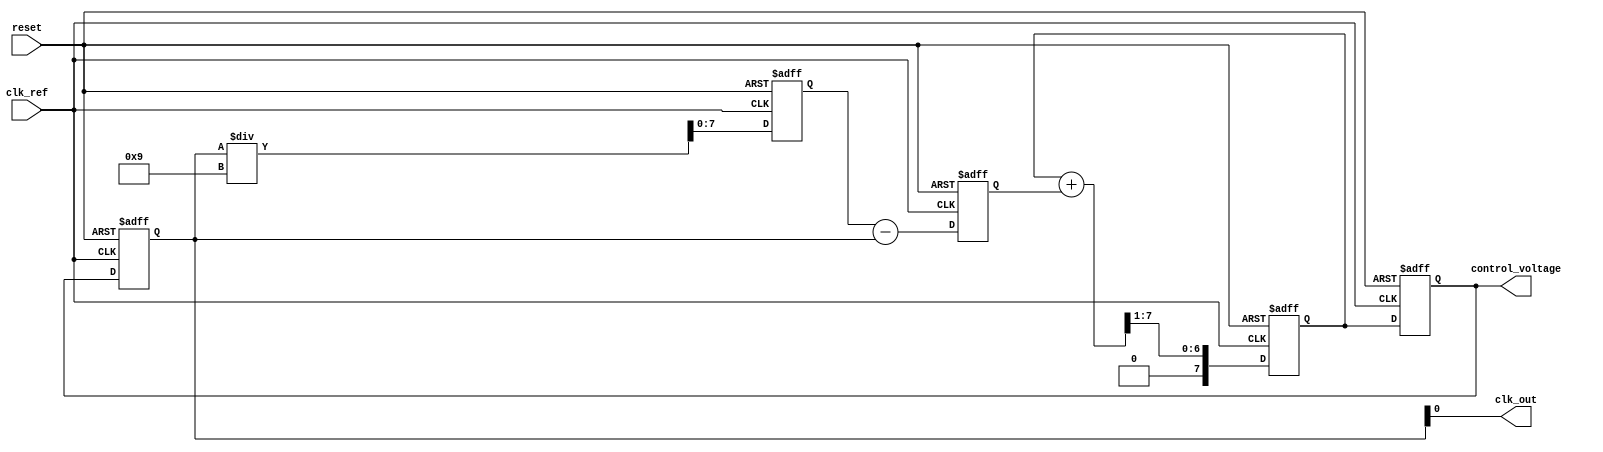
module fractional_pll (
    input wire clk_ref,          // Reference clock input
    input wire reset,           // Reset signal
    output wire clk_out,        // Output clock
    output wire [7:0] control_voltage // Control voltage output for VCO
);

// Parameters
parameter N = 8;               // Integer division part
parameter M = 3;               // Fractional division part
parameter MEMORY_SIZE = 16;    // Size of memory blocks

// Internal signals
reg [N-1:0] phase_error;       // Phase error signal
reg [N-1:0] filtered_error;     // Filtered phase error
reg [N-1:0] vco_output;         // VCO output frequency
reg [N-1:0] feedback;           // Feedback signal
reg [MEMORY_SIZE-1:0] memory [0:MEMORY_SIZE-1]; // Memory blocks for configuration
reg [7:0] control_voltage_reg;  // Control voltage for VCO

// Phase Detector (PD)
always @(posedge clk_ref or posedge reset) begin
    if (reset) begin
        phase_error <= 0;
    end else begin
        // Simple phase comparison logic (to be refined)
        phase_error <= feedback - vco_output; // Example phase error calculation
    end
end

// Loop Filter
always @(posedge clk_ref or posedge reset) begin
    if (reset) begin
        filtered_error <= 0;
    end else begin
        // Simple low-pass filter (to be refined)
        filtered_error <= (filtered_error + phase_error) >> 1; // Example filtering
    end
end

// Voltage-Controlled Oscillator (VCO)
always @(posedge clk_ref or posedge reset) begin
    if (reset) begin
        vco_output <= 0;
        control_voltage_reg <= 0;
    end else begin
        control_voltage_reg <= filtered_error[7:0]; // Example control voltage assignment
        vco_output <= control_voltage_reg; // Example VCO output frequency
    end
end

// Fractional-N Divider
always @(posedge clk_ref or posedge reset) begin
    if (reset) begin
        feedback <= 0;
    end else begin
        // Simple fractional-N division logic (to be refined)
        feedback <= vco_output / (N + (M >> 1)); // Example fractional division
    end
end

// Output assignments
assign clk_out = vco_output; // Output clock
assign control_voltage = control_voltage_reg; // Control voltage output

// Memory Blocks (for configuration)
initial begin
    // Initialize memory blocks with some values (to be configured)
    memory[0] = 8'hFF; // Example initialization
    memory[1] = 8'hAA; // Example initialization
    // Add more initialization as needed
end

endmodule